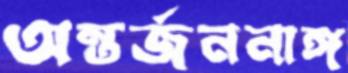
অন্তর্জননাঙ্গ